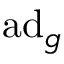
\operatorname { a d } _ { g }